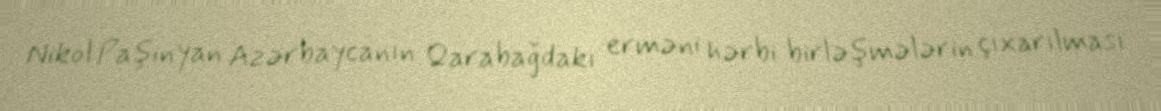
Nikol Paşinyan Azərbaycanın Qarabağdakı erməni hərbi birləşmələrin çıxarılması